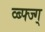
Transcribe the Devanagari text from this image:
व्ब्फ्ज्ग्